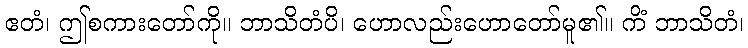
ဧတံ၊ ဤစကားတော်ကို။ ဘာသိတံပိ၊ ဟောလည်းဟောတော်မူ၏။ ကိံ ဘာသိတံ၊